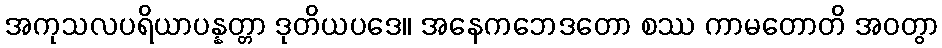
အကုသလပရိယာပန္နတ္တာ ဒုတိယပဒေ။ အနေကဘေဒတော စဿ ကာမတောတိ အဝတွာ